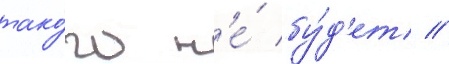
тако́го н'е́ бу́д'ет //